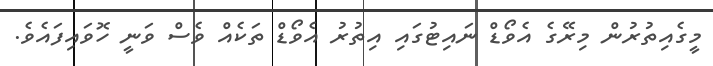
މީގެއިތުރުން މިރޭގެ އެވޯޑް ނައިޓުގައި އިތުރު އެވޯޑް ތަކެއް ވެސް ވަނީ ހޮވައިފައެވެ.